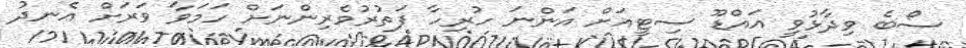
ސޯބެ ވިދާޅުވީ އައްޑޫ ސިޓީއަށް އަންނަ ހުރިހާ ފަތުރުވެރިންނަށް ހަމަވާ ވަރަށް އެނދު